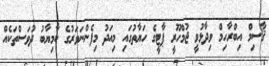
ޤާސިމް އިބްރާހިމް ވިދާޅުވީ ޖުމްހޫރީ ޕާޓީގެ ހަޔާތުގައި މިއަދު މިފެންނަވަރުގެ ކާމިޔާބު ދުވަސްތަކެއް